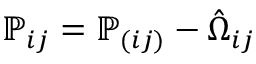
{ \mathbb P } _ { i j } = { \mathbb P } _ { ( i j ) } - \hat { \Omega } _ { i j }